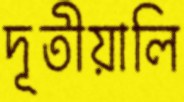
দূতীয়ালি